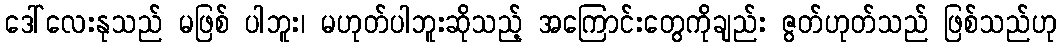
ဒေါ်လေးနုသည် မဖြစ် ပါဘူး၊ မဟုတ်ပါဘူးဆိုသည့် အကြောင်းတွေကိုချည်း ဇွတ်ဟုတ်သည် ဖြစ်သည်ဟု